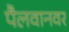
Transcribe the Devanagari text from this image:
पैलवानवर